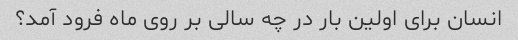
انسان برای اولین بار در چه سالی بر روی ماه فرود آمد؟